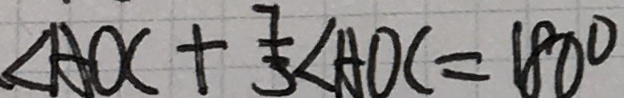
\angle A O C + \frac { 7 } { 3 } \angle A O C = 1 8 0 ^ { \circ }